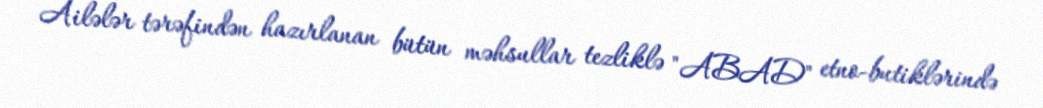
Ailələr tərəfindən hazırlanan bütün məhsullar tezliklə "ABAD" etno-butiklərində